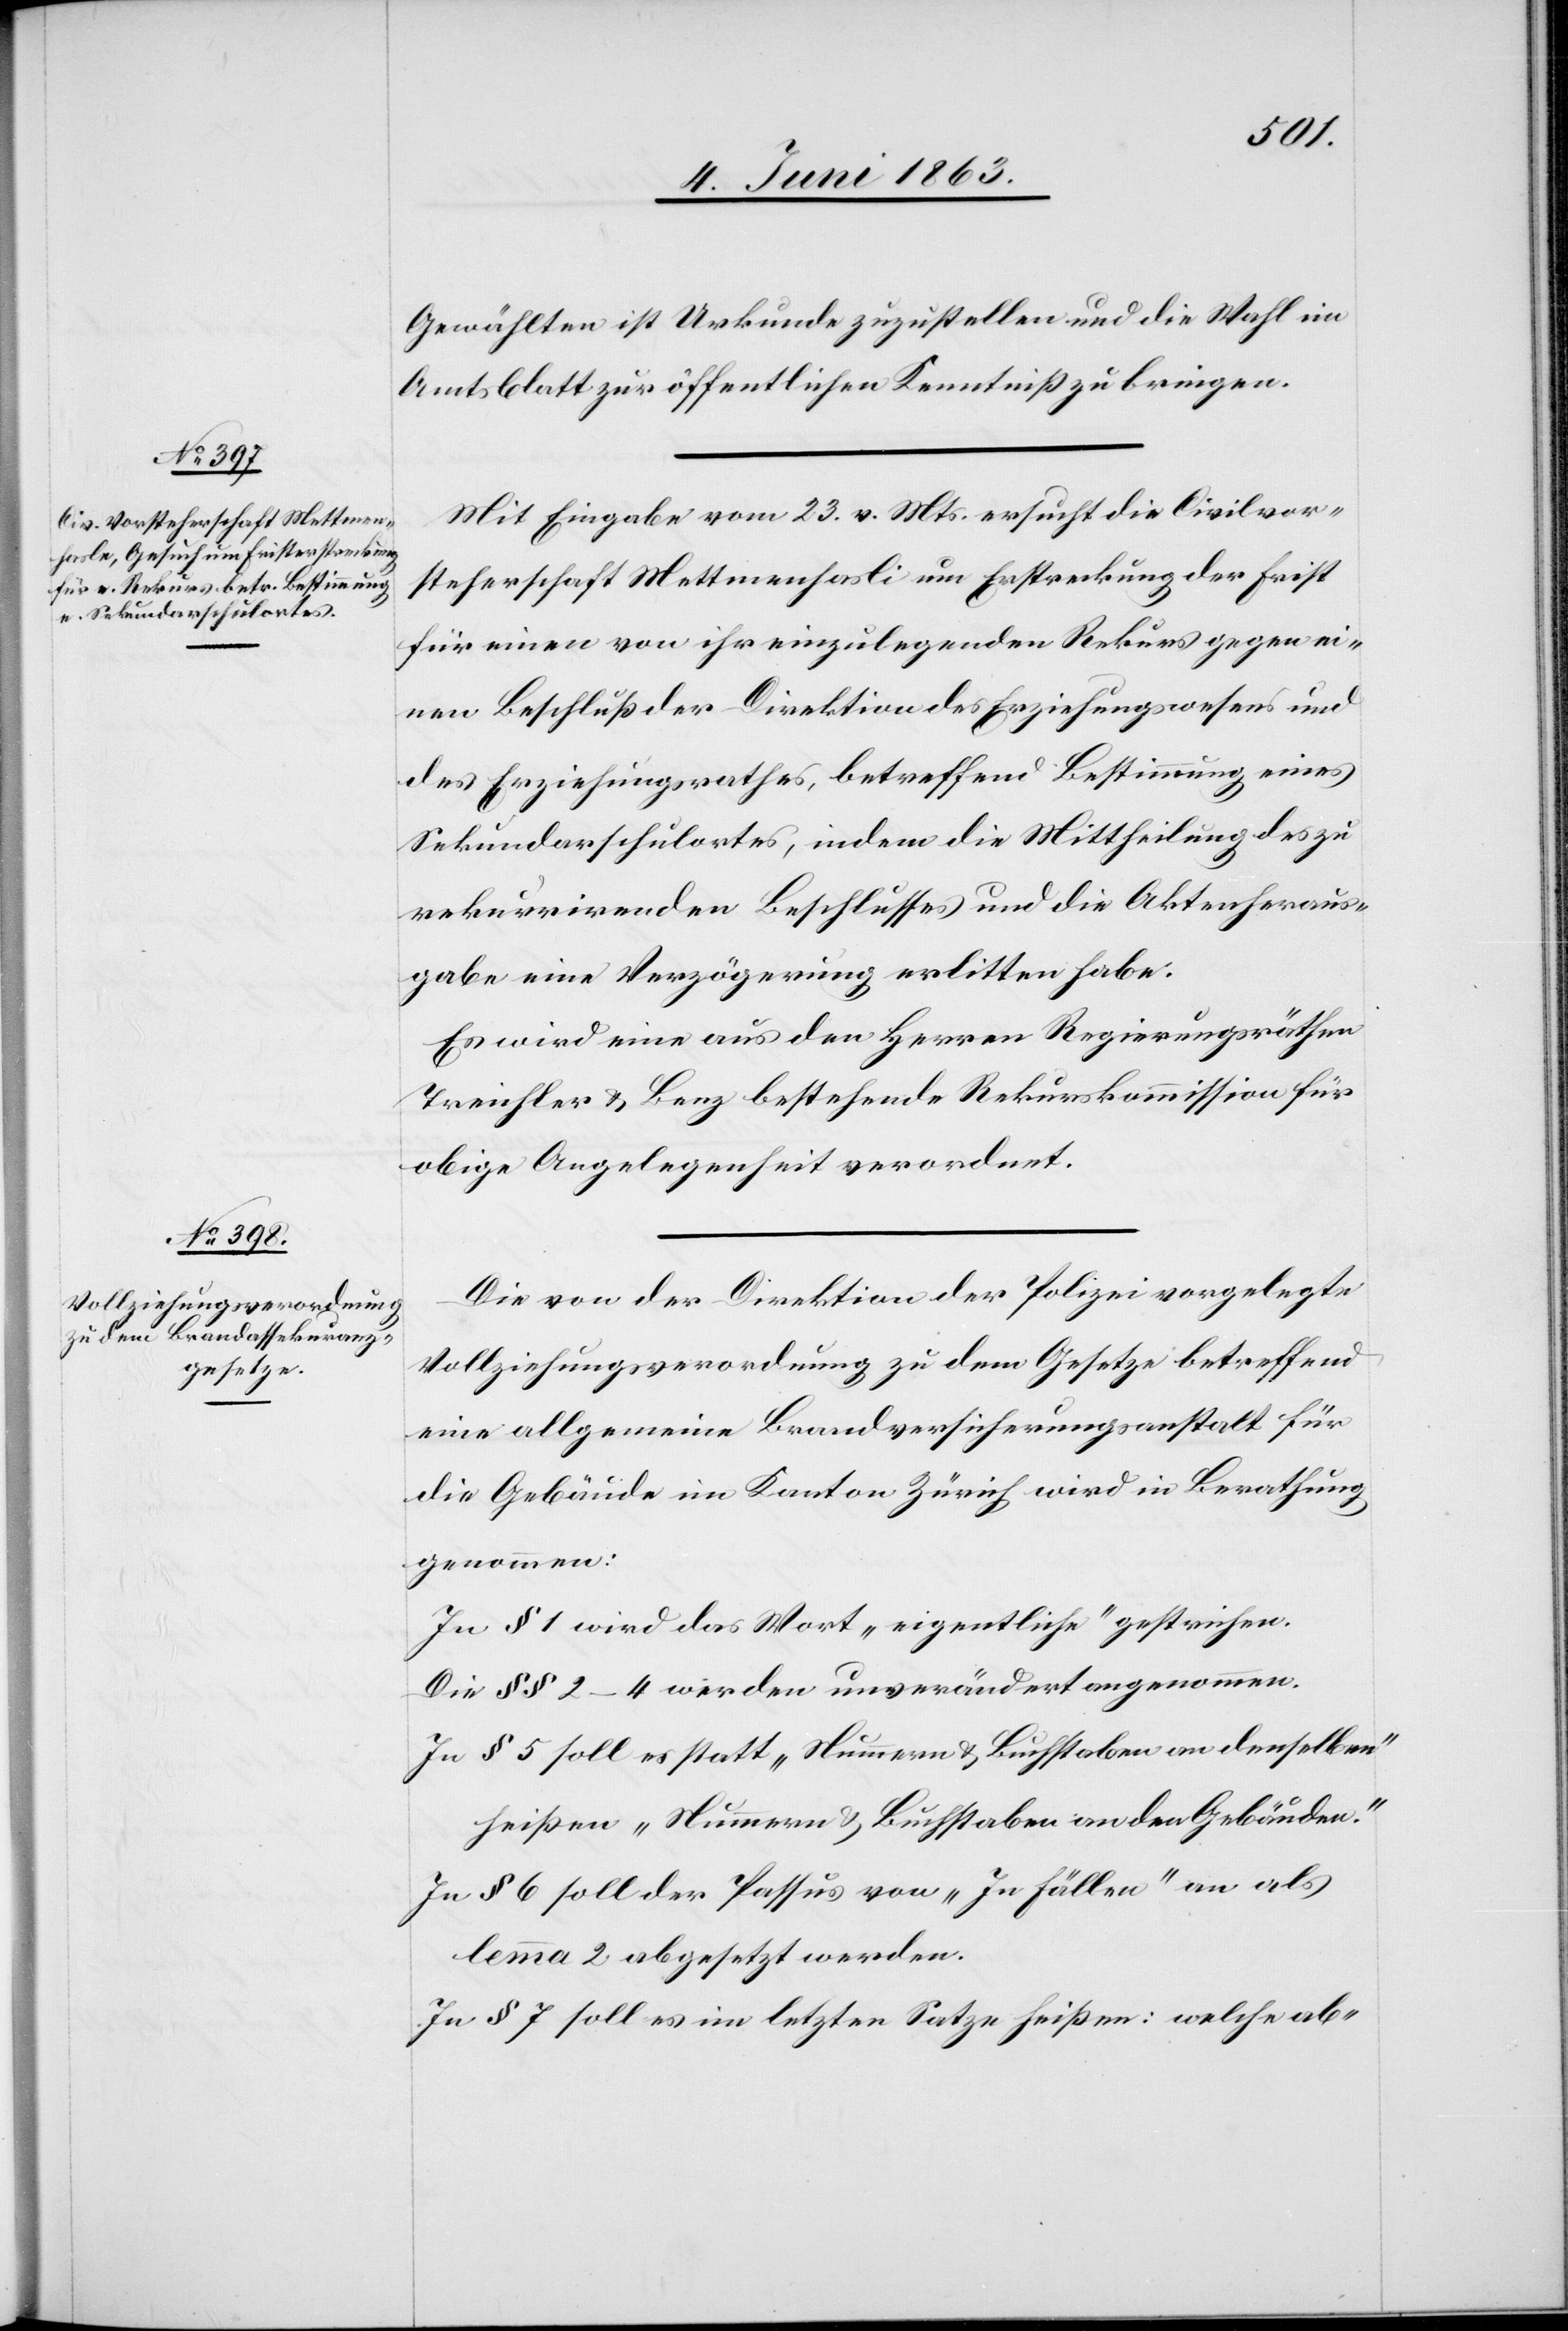
Gewählten ist Urkunde zuzustellen und die Wahl im
Amtsblatt zur öffentlichen Kenntniß zu bringen.
Mit Eingabe vom 23. v. Mts. ersucht die Civilvor¬
steherschaft Mettmenhasli [sic!] um Erstreckung der Frist
für einen von ihr einzulegenden Rekurs gegen ei¬
nen Beschluß der Direktion des Erziehungswesens und
des Erziehungsrathes, betreffend Bestimmung eines
Sekundarschulortes, indem die Mittheilung des zu
rekurrirenden Beschlusses und die Aktenheraus¬
gabe eine Verzögerung erlitten habe.
Es wird eine aus den Herren Regierungsräthen
Treichler & Benz bestehende Rekurskommission für
obige Angelegenheit verordnet.
Die von der Direktion der Polizei vorgelegte
Vollziehungsverordnung zu dem Gesetze betreffend
eine allgemeine Brandversicherungsanstalt für
die Gebäude im Kanton Zürich wird in Berathung
genommen:
In § 1 wird das Wort „eigentliche“ gestrichen.
Die §§ 2–4 werden unverändert angenommen.
In § 5 soll es statt „Nummern & Buchstaben an denselben“
heißen „Nummern & Buchstaben an den Gebäuden.“
In § 6 soll der Passus von „In Fällen“ an als
lemma 2 abgesetzt werden.
In § 7 soll es im letzten Satze heißen: welche ab-